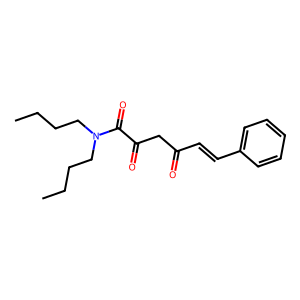
SMILES: CCCCN(CCCC)C(=O)C(=O)CC(=O)C=Cc1ccccc1
Inhibits HIV replication: No